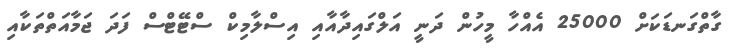
ގާތްގަނޑަކަށް 25000 އެއްހާ މީހުން ދަނީ އަލްގައިދާއާއި އިސްލާމިކް ސްޓޭޓްސް ފަދަ ޖަމާއަތްތަކާއި